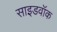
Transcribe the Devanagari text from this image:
साइडवॉक